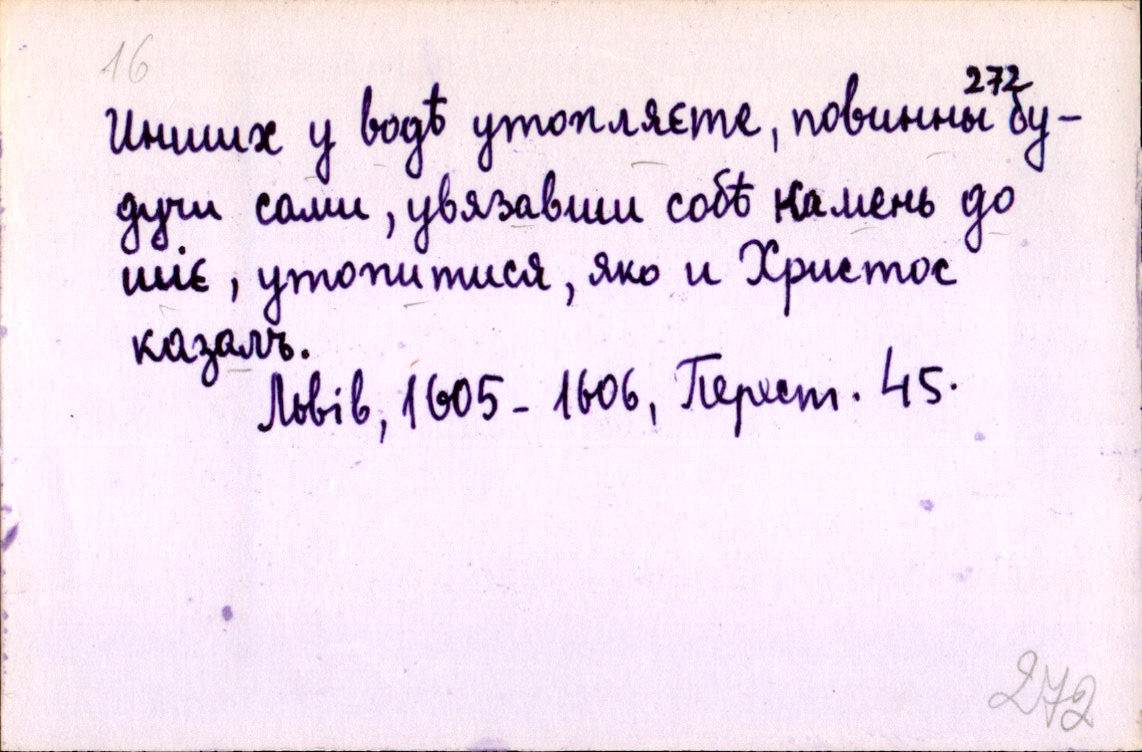
Иншихъ у водѣ утопляєте, повинны бу-
дучи сами, увязавши собѣ камень до
шіє, утопитися, яко и Христос
казалъ.
Львів, 1605-1606, Перест. 45.